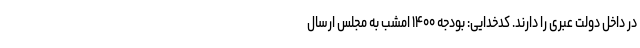
در داخل دولت عبری را دارند. کدخدایی: بودجه ۱۴۰۰ امشب به مجلس ارسال